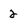
Character: 2